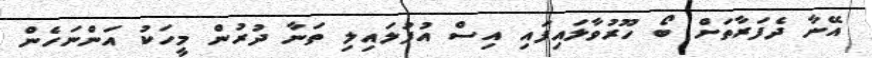
އޭނާ ދެފަރާތަށް ބޯ ހޫރުވާލައިފައި އިސް އުފުލައިލި ތަނާ ދުރުން މީހަކު އަންނަހެން